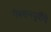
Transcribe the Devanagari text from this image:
ऍक्शनपूर्वीचे